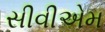
સીવીએમ